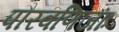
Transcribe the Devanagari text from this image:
पौरवणिजाः